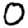
Digit: 0